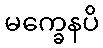
မက္ခေနပိ